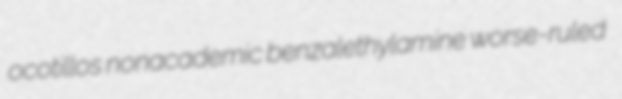
ocotillos nonacademic benzalethylamine worse-ruled